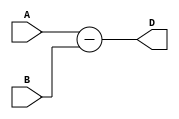
module comb_subtractor(
    input [7:0] A,
    input [7:0] B,
    output reg [7:0] D
);

assign D = A - B;

endmodule